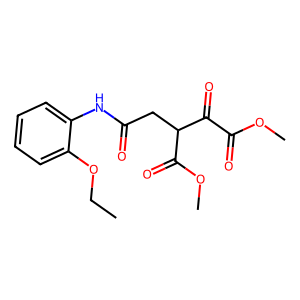
SMILES: CCOc1ccccc1NC(=O)CC(C(=O)OC)C(=O)C(=O)OC
Inhibits HIV replication: No